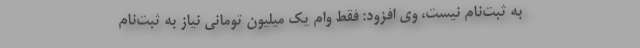
به ثبت‌نام نیست، وی افزود: فقط وام یک میلیون تومانی نیاز به ثبت‌نام